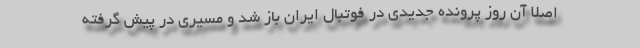
اصلاً آن روز پرونده جدیدی در فوتبال ایران باز شد و مسیری در پیش گرفته